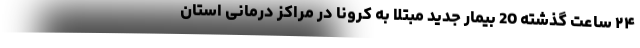
۲۴ ساعت گذشته 20 بیمار جدید مبتلا به کرونا در مراکز درمانی استان